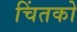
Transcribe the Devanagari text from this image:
चिंतको